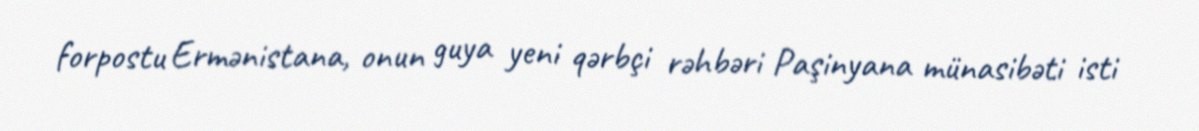
forpostu Ermənistana, onun guya yeni qərbçi rəhbəri Paşinyana münasibəti isti